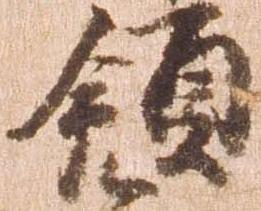
領